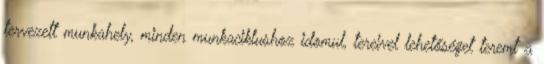
tervezett munkahely, minden munkaciklushoz idomul, tereivel lehetőséget teremt a